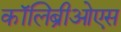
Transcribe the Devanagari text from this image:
कॉलिब्रीओएस